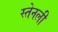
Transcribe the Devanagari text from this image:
स्तेनली